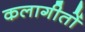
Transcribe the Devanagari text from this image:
कलागीतों